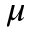
\mu